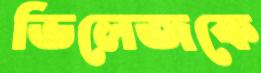
ভিলেজকে